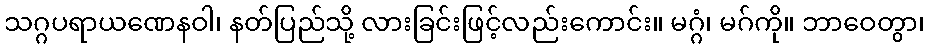
သဂ္ဂပရာယဏေနဝါ၊ နတ်ပြည်သို့ လားခြင်းဖြင့်လည်းကောင်း။ မဂ္ဂံ၊ မဂ်ကို။ ဘာဝေတွာ၊